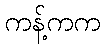
ကန့်ကက